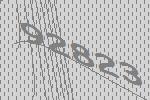
92823